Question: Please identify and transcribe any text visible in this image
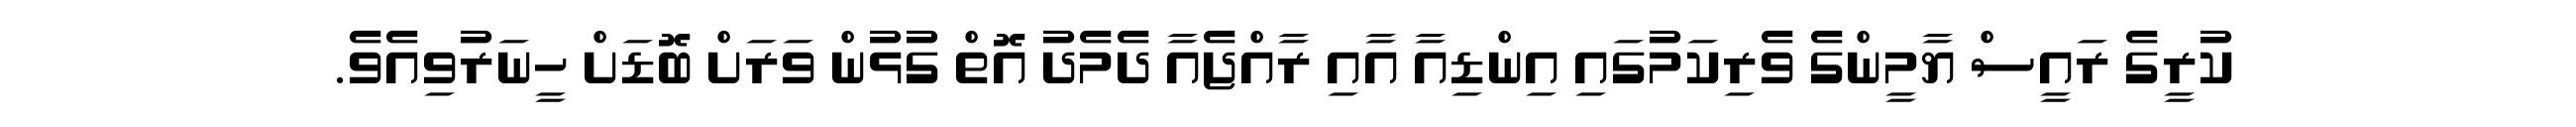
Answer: ކުރީގެ ރައީސް ޔާމީންގެ ވެރިކަމުގައި އިންޑިއާ އާއި ރާއްޖެއާ ދެމެދު އޮތް ގުޅުން ވަރަށް ބޮޑަށް ހީނަރުވިއެވެ.